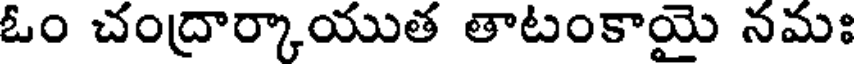
ఓం చంద్రార్కాయుత తాటంకాయై నమః